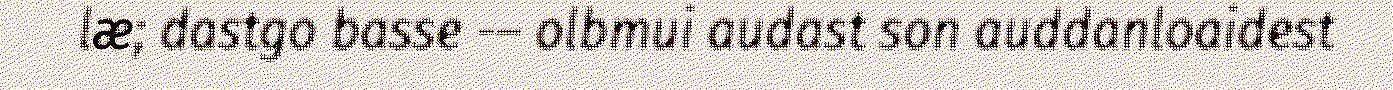
læ; dastgo basse -– olbmui audast son auddanloaidest